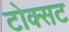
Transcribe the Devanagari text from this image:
टोक्सट